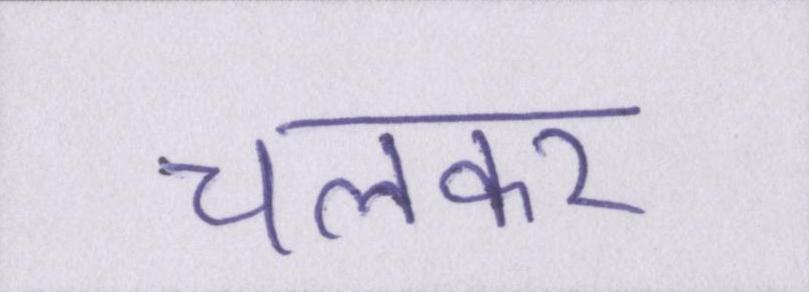
चलकर